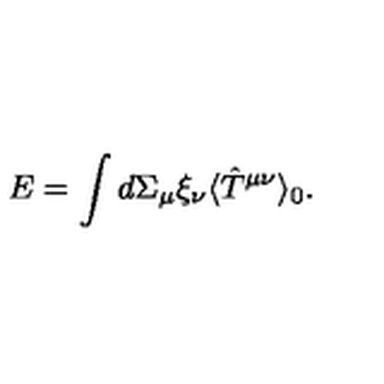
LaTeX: E = \int d \Sigma _ { \mu } \xi _ { \nu } \langle \hat { T } ^ { \mu \nu } \rangle _ { 0 } .